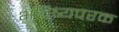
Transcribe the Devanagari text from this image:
भविष्यपरक